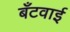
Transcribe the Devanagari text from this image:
बँटवाईं